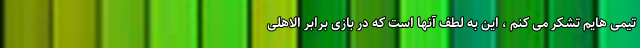
تیمی هایم تشکر می کنم ، این به لطف آنها است که در بازی برابر الاهلی